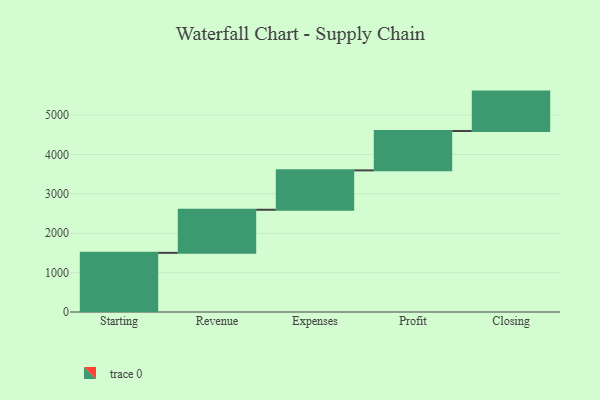
{"axis": {"x": "Step", "y": "Value"}, "legend": [""], "data": [{"x": "Starting", "y": 1502.0, "type": ""}, {"x": "Revenue", "y": 1094.0, "type": ""}, {"x": "Expenses", "y": 1000, "type": ""}, {"x": "Profit", "y": 1000, "type": ""}, {"x": "Closing", "y": 1000, "type": ""}]}